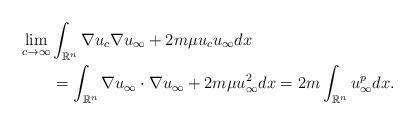
LaTeX: \begin{align*}&\lim_{c \rightarrow \infty} \int_{\mathbb{R}^n} \nabla u_c \nabla u_{\infty} + 2m \mu u_c u_{\infty} dx\\&\qquad= \int_{\mathbb{R}^n} \nabla u_{\infty} \cdot \nabla u_{\infty} + 2m \mu u_{\infty}^2 dx = 2m \int_{\mathbb{R}^n} u_{\infty}^{p} dx.\end{align*}